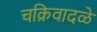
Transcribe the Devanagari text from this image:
चक्रिवादळे